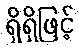
ရှိရှိဖြင့်